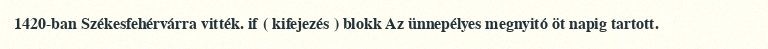
1420-ban Székesfehérvárra vitték. if ( kifejezés ) blokk Az ünnepélyes megnyitó öt napig tartott.